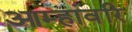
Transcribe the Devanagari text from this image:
आम्हांवरि